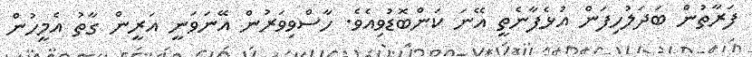
ފަރާތުން ބަދަލުހިފަން އުޅެފާނެތީ އޭނަ ކަންބޮޑުވިއެވެ. ހާސްވިވަރުން އޭނަވަނީ އަރީން ގާތު އެމީހުން